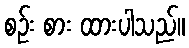
စဉ်း စား ထားပါသည်။